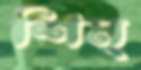
শিম্